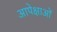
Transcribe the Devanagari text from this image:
आपेक्षाओं